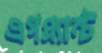
এগপ্ল্যান্ট